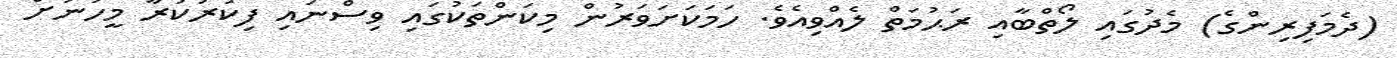
(ދެމަފިރިންގެ) މެދުގައި ލޯތްބާއި ރަޙުމަތް ލެއްވިއެވެ. ހަމަކަށަވަރުން މިކަންތަކުގައި ވިސްނައި ފިކުރުކުރާ މީހުނަށް